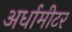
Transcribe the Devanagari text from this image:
अर्धामीटर